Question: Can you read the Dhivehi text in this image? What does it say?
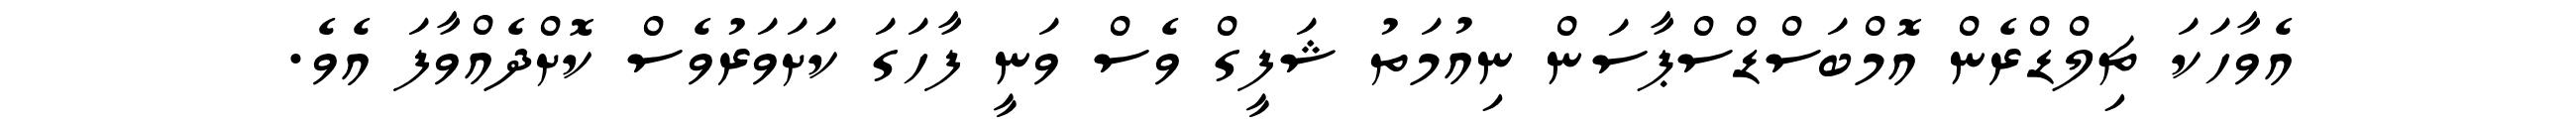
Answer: އެވާހަކަ ޗިލްޑްރެން އޮމްބަސްޑްސްޕާސަން ނިއުމަތު ޝަފީގް ވެސް ވަނީ ފާހަގަ ކަށަވަރުވެސް ކޮށްދެއްވާފަ އެވެ.